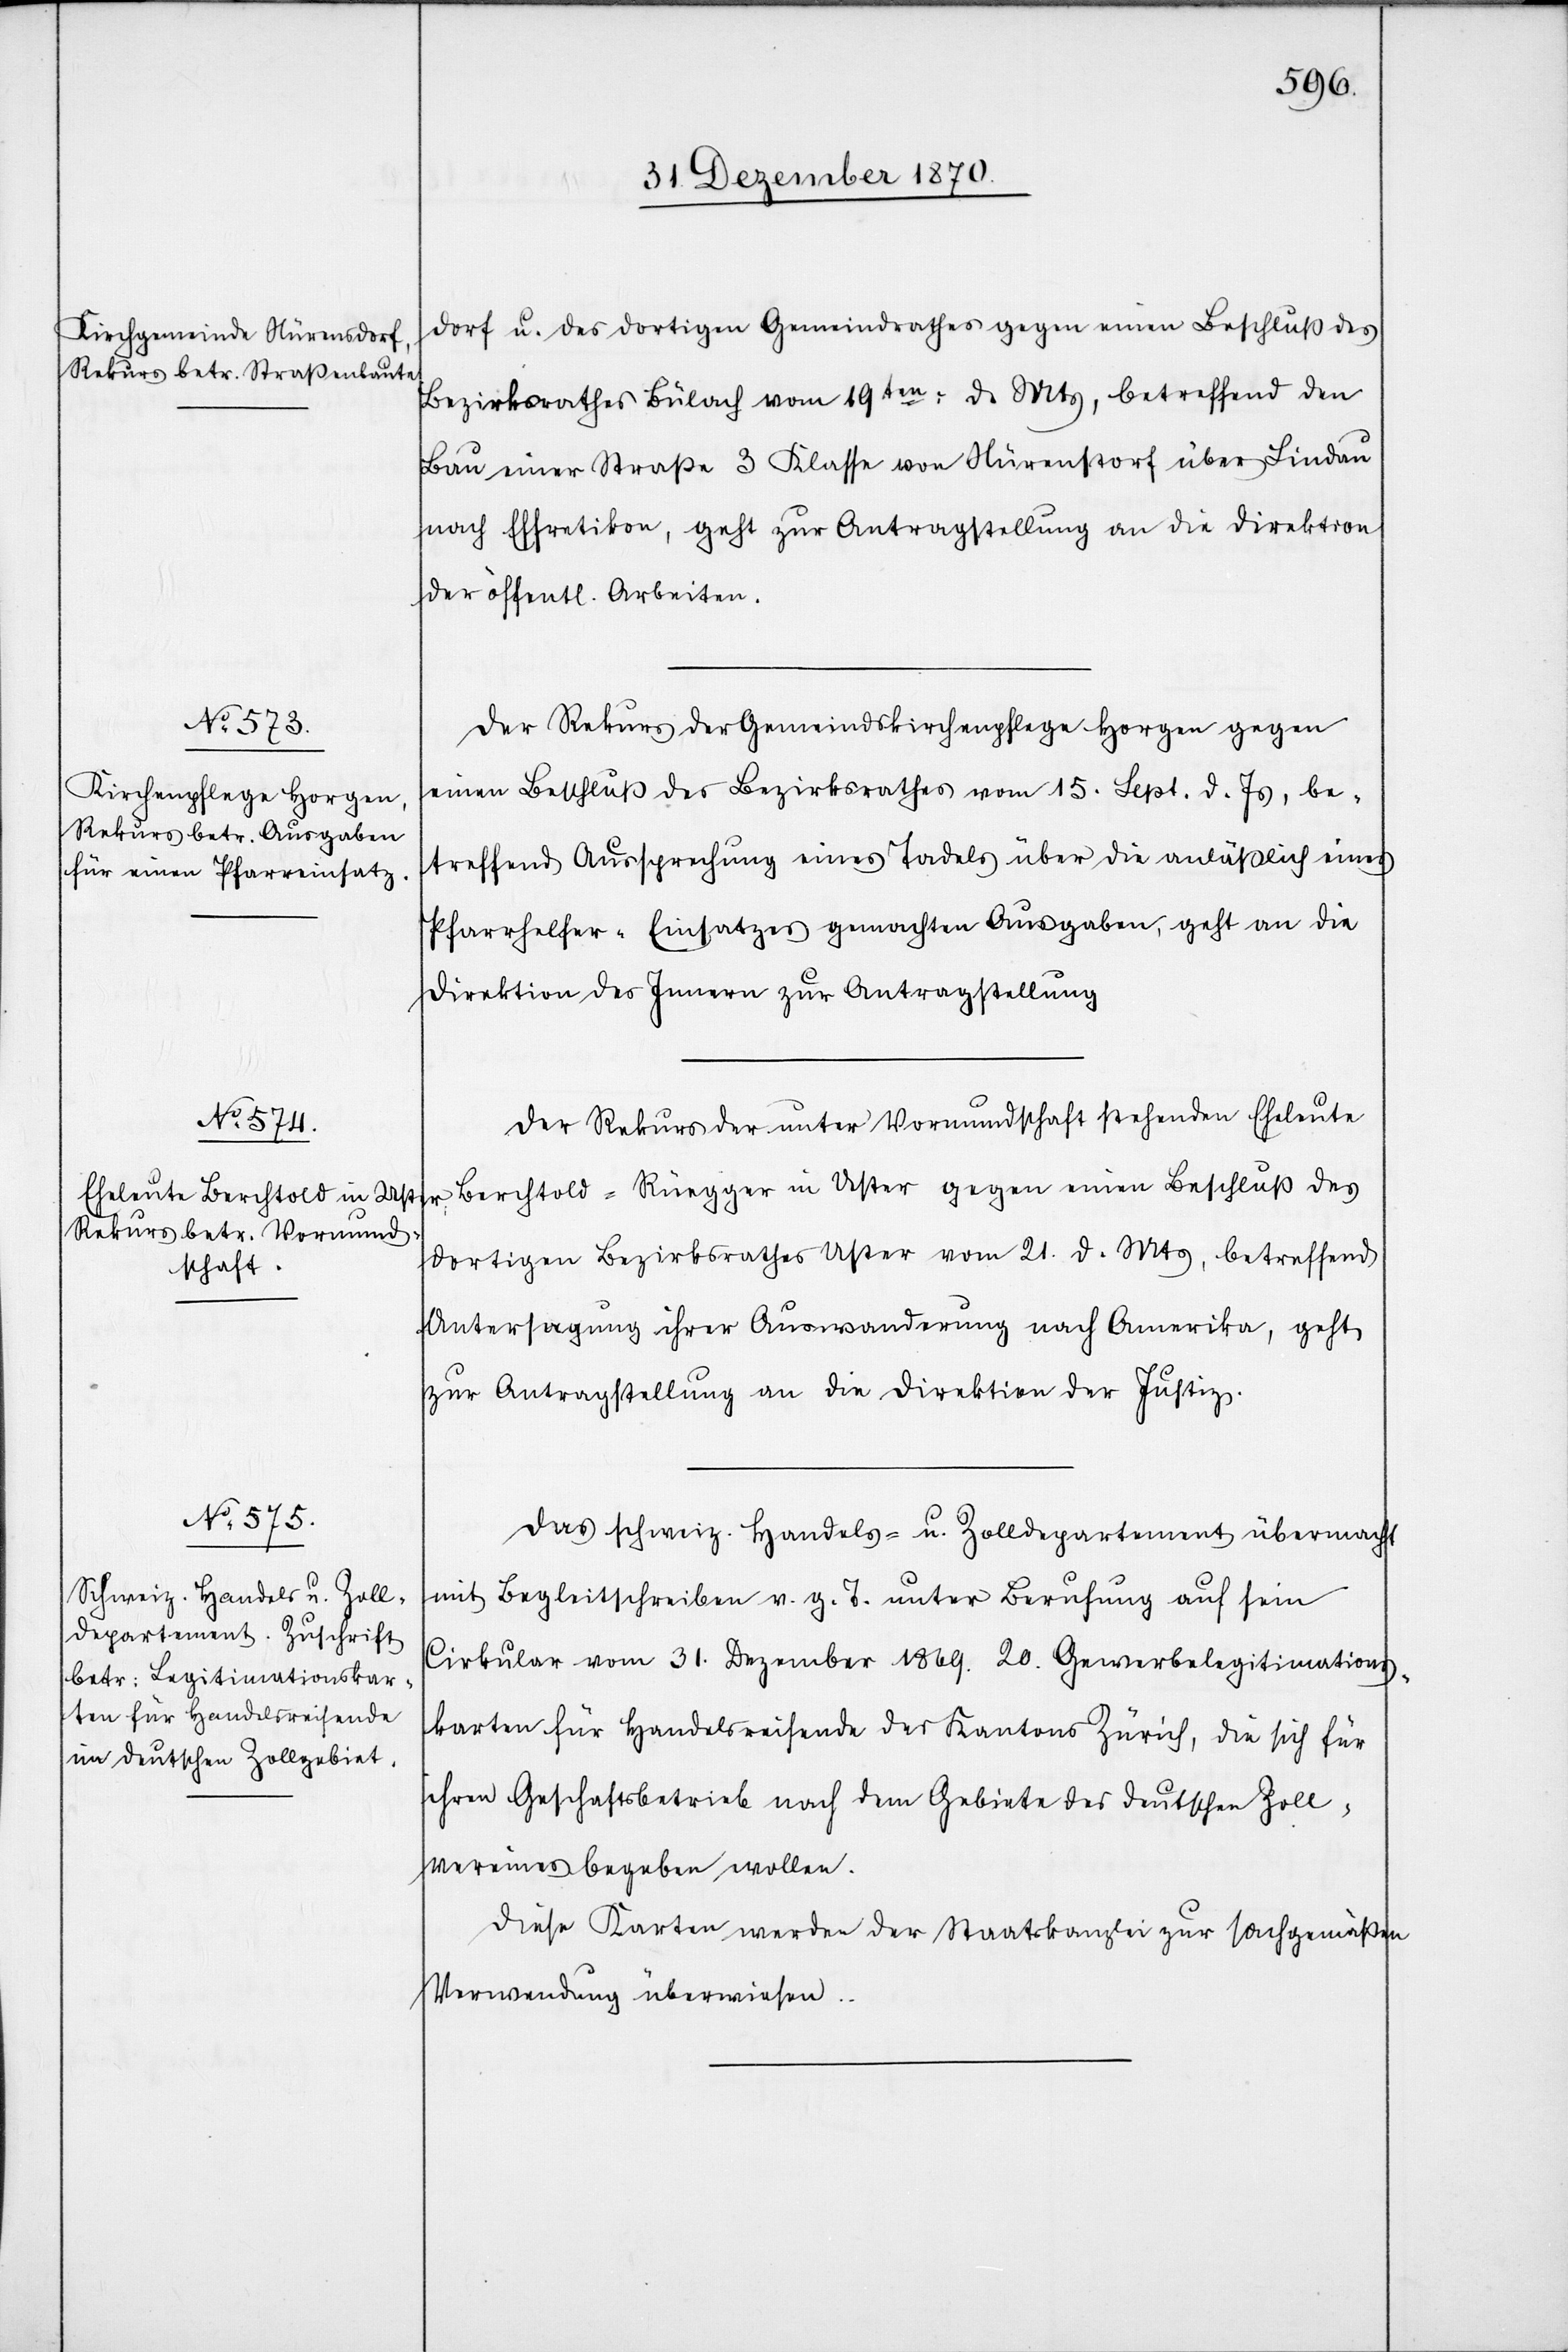
31. Dezember 1870.]
dorf u. des dortigen Gemeindrathes gegen einen Beschluß des
Bezirksrathes Bülach vom 19ten: d. Mts., betreffend den
Bau einer Straße 3. Klasse von Nürenstorf über Lindau
nach Effretikon, geht zur Antragstellung an die Direktion
der öffentl. Arbeiten.
Der Rekurs der Gemeindskirchenpflege Horgen gegen
einen Beschluß des Bezirksrathes vom 15. Sept. d. Js., be¬
treffend Aussprechung eines Tadels über die anlässlich eines
Pfarrhelfer-Einsatzes gemachten Ausgaben, geht an die
Direktion des Innern zur Antragstellung.
Der Rekurs unter Vormundschaft stehenden Eheleute
Berchtold-Rüegger in Uster gegen einen Beschluß des
dortigen Bezirksrathes Uster vom 21. d. Mts, betreffend
Untersagung ihrer Auswanderung nach Amerika, geht
zur Antragstellung an die Direktion der Justiz.
Das schweiz. Handels- u. Zolldepartement übermacht
mit Begleitschreiben v. g. T. unter Berufung auf sein
Cirkular vom 31. Dezember 1869. 20. Gewerbelegitimations¬
karten für Handelsreisende des Kantons Zürich, die sich für
ihren Geschäftsbetrieb nach dem Gebiete des deutschen Zoll¬
vereinsbegeben wollen.
Diese Karten werden der Staatskanzlei zur sachgemäßen
Verwendung überwiesen.